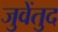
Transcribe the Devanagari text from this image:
जुवेंतुद